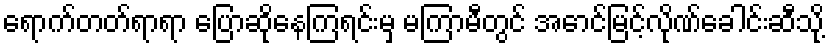
ရောက်တတ်ရာရာ ပြောဆိုနေကြရင်းမှ မကြာမီတွင် အောင်မြင့်လိုဏ်ခေါင်းဆီသို့